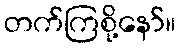
တက်ကြစို့နော်။